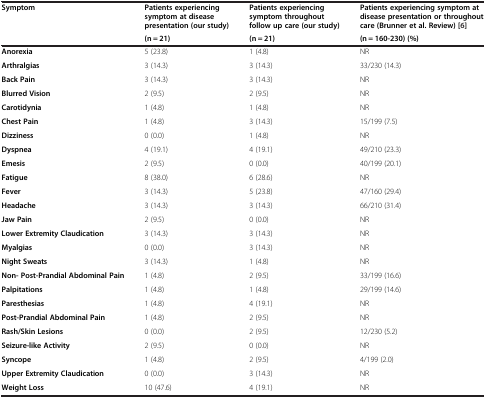
| <ROWSPAN=2> Symptom | Patients experiencing symptom at disease presentation (our study) | Patients experiencing symptom throughout follow up care (our study) | Patients experiencing symptom at disease presentation or throughout care (Brunner et al. Review)[6] |
 | (n = 21) | (n = 21) | (n = 160-230) (%) |
 | --- | --- | --- | --- |
 | Anorexia | 5 (23.8) | 1 (4.8) | NR |
 | Arthralgias | 3 (14.3) | 3 (14.3) | 33/230 (14.3) |
 | Back Pain | 3 (14.3) | 3 (14.3) | NR |
 | Blurred Vision | 2 (9.5) | 2 (9.5) | NR |
 | Carotidynia | 1 (4.8) | 1 (4.8) | NR |
 | Chest Pain | 1 (4.8) | 3 (14.3) | 15/199 (7.5) |
 | Dizziness | 0 (0.0) | 1 (4.8) | NR |
 | Dyspnea | 4 (19.1) | 4 (19.1) | 49/210 (23.3) |
 | Emesis | 2 (9.5) | 0 (0.0) | 40/199 (20.1) |
 | Fatigue | 8 (38.0) | 6 (28.6) | NR |
 | Fever | 3 (14.3) | 5 (23.8) | 47/160 (29.4) |
 | Headache | 3 (14.3) | 3 (14.3) | 66/210 (31.4) |
 | Jaw Pain | 2 (9.5) | 0 (0.0) | NR |
 | Lower Extremity Claudication | 3 (14.3) | 3 (14.3) | NR |
 | Myalgias | 0 (0.0) | 3 (14.3) | NR |
 | Night Sweats | 3 (14.3) | 1 (4.8) | NR |
 | Non- Post-Prandial Abdominal Pain | 1 (4.8) | 2 (9.5) | 33/199 (16.6) |
 | Palpitations | 1 (4.8) | 1 (4.8) | 29/199 (14.6) |
 | Paresthesias | 1 (4.8) | 4 (19.1) | NR |
 | Post-Prandial Abdominal Pain | 1 (4.8) | 2 (9.5) | NR |
 | Rash/Skin Lesions | 0 (0.0) | 2 (9.5) | 12/230 (5.2) |
 | Seizure-like Activity | 2 (9.5) | 0 (0.0) | NR |
 | Syncope | 1 (4.8) | 2 (9.5) | 4/199 (2.0) |
 | Upper Extremity Claudication | 0 (0.0) | 3 (14.3) | NR |
 | Weight Loss | 10 (47.6) | 4 (19.1) | NR |